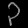
Digit: ၃